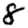
Digit: 8